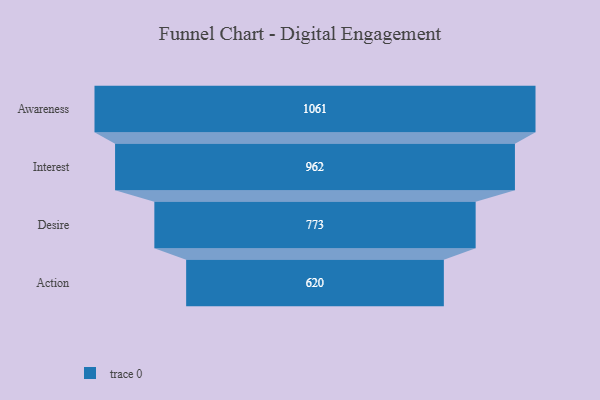
{"axis": {"x": "Stage", "y": "Value"}, "legend": [""], "data": [{"x": "Awareness", "y": 1061.0, "type": ""}, {"x": "Interest", "y": 962.0, "type": ""}, {"x": "Desire", "y": 773.0, "type": ""}, {"x": "Action", "y": 620.0, "type": ""}]}